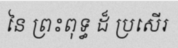
នៃ ព្រះពុទ្ធ ដ៏ ប្រសើរ